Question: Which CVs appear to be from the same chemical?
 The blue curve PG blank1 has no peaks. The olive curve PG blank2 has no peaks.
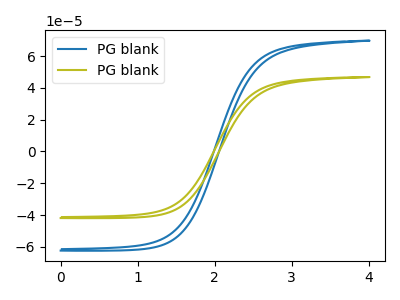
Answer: <think>Neither "PG blank1" or "PG blank2" have any peaks.
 </think>
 <answer>"PG blank2" and "PG blank1" have the same shape and are likely CV's of the same chemical.</answer>
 <eval>"PG blank2" "PG blank1"</eval>